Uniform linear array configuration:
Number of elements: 24
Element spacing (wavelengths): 1
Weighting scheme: blackman
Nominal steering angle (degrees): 0
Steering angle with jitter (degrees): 1.531
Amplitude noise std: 0.05
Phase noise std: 0.05

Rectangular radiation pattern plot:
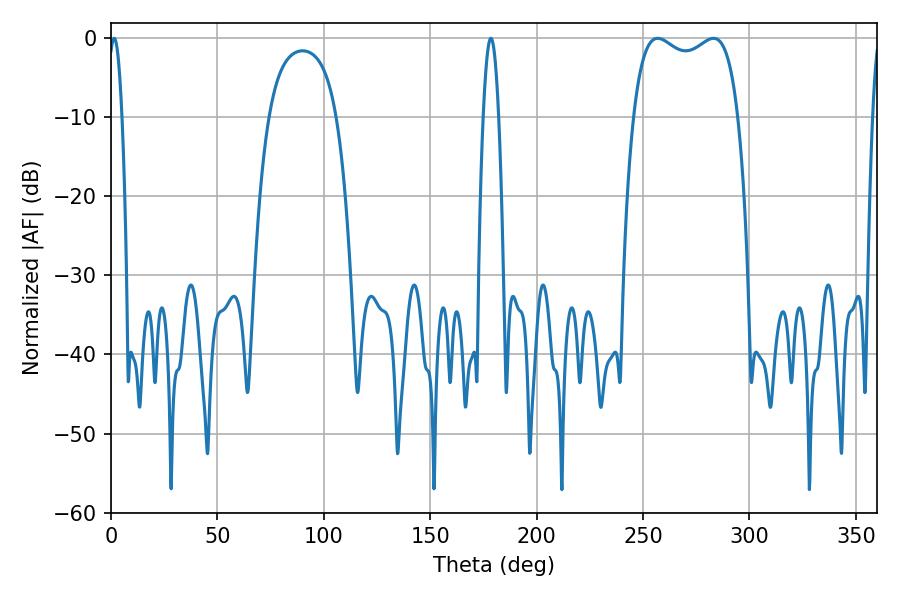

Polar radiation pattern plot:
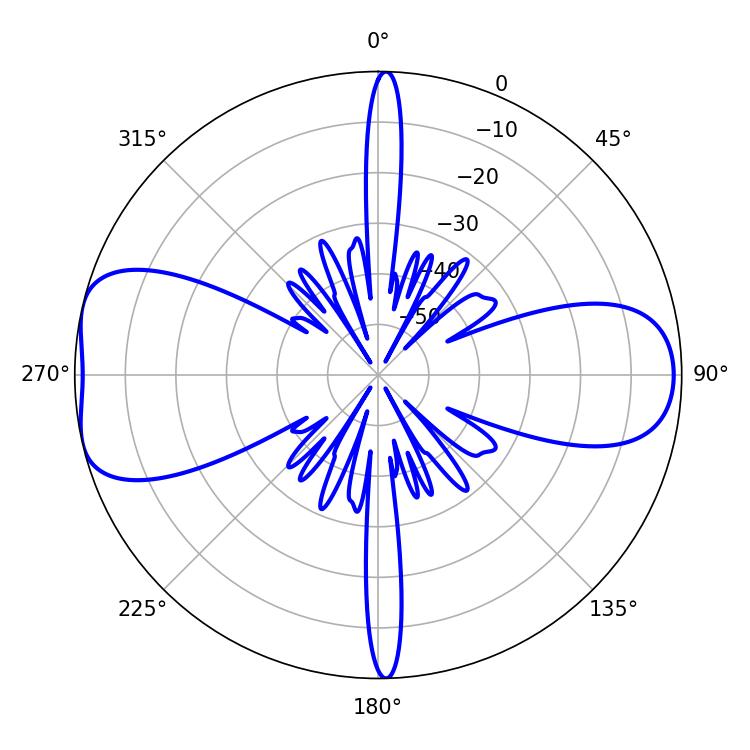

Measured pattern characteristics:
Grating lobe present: TRUE
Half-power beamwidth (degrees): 40.32
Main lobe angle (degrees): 256.86